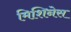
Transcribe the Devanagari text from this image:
मिशिनेस